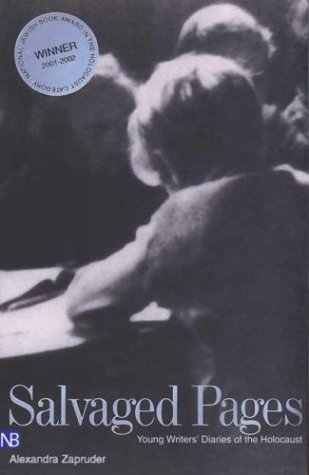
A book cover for Salvaged Pages: Young Writers' Diaries of the Holocaust; Children's Books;